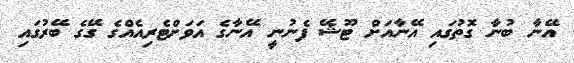
އޭނާ ބުނާ ގޮތުގައި އޭނާއަށް ޓޫޝޭ ފެނުނީ އޭނާގެ އަވަށްޓެރިއެއްގެ ގޭގެ ބޭރުގައި